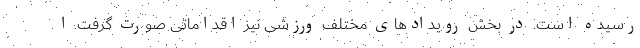
رسیده است. در بخش رویدادهای مختلف ورزشی نیز اقداماتی صورت گرفت. ا